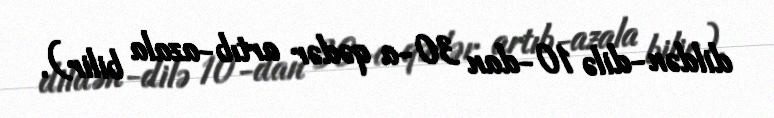
dildən-dilə 10-dan 30-a qədər artıb-azala bilir).